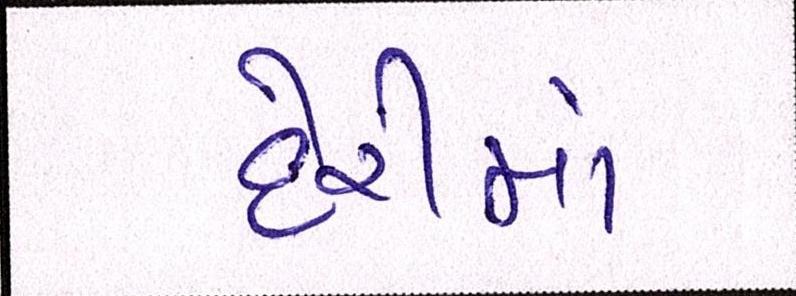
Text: દેરીમાં